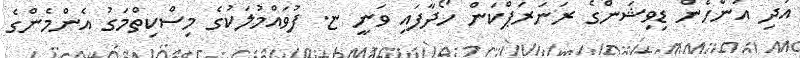
އަދި އަންހެން ޑިވިޝަންގެ ރަނަރަޕްކަން ހޯދާފައި ވަނީ ޏ. ފުވައްމުލަކުގެ މިސްކިތްމަގު އެންމެންގެ